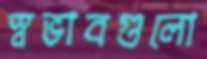
স্বভাবগুলো